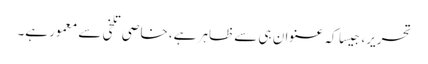
تحریر، جٍیسا کہ عنوان ہی سے ظاہر ہے، خاصی تلخی سے معمور ہے۔